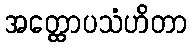
အတ္ထောပသံဟိတာ